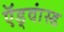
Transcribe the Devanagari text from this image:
ऍड्वांस्ड